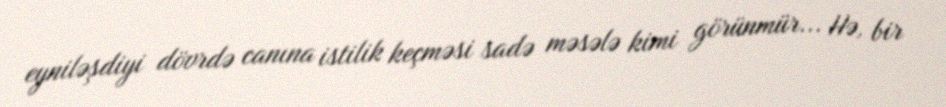
eyniləşdiyi dövrdə canına istilik keçməsi sadə məsələ kimi görünmür... Hə, bir